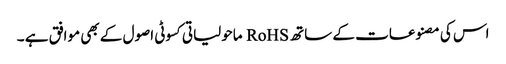
اس کی مصنوعات کے ساتھ RoHS ماحولیاتی کسوٹی اصول کے بھی موافق ہے ۔